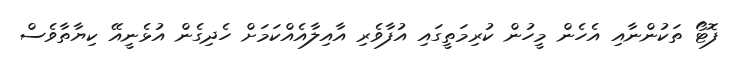
ފޮޓޯ ތަކުންނާއި އެހެން މީހުން ކުރިމަތީގައި އުފާވެރި އާއިލާއެއްކަމަށް ހެދިގެން އުޅެނީއޭ ކިޔާތާވެސް